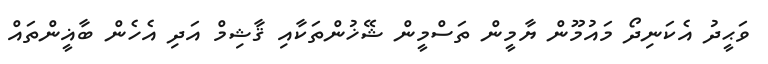
ވަޙީދު އެކަނިދޯ މައުމޫން ޔާމީން ތަސްމީން ޝޭޚުންތަކާއި ޤާޝިމް އަދި އެހެން ބާޣީންތައް